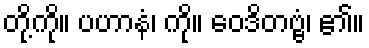
တို့ကို။ ပဟာနံ၊ ကို။ ဝေဒိတဗ္ဗံ၊ ၏။